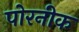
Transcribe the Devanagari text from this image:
पोरनीक